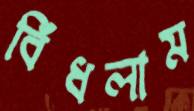
বিঁধলাম